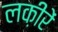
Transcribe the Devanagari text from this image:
लक़ीरें